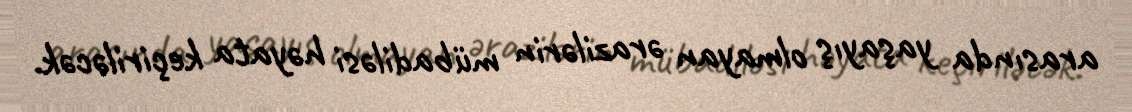
arasında yaşayış olmayan ərazilərin mübadiləsi həyata keçiriləcək.